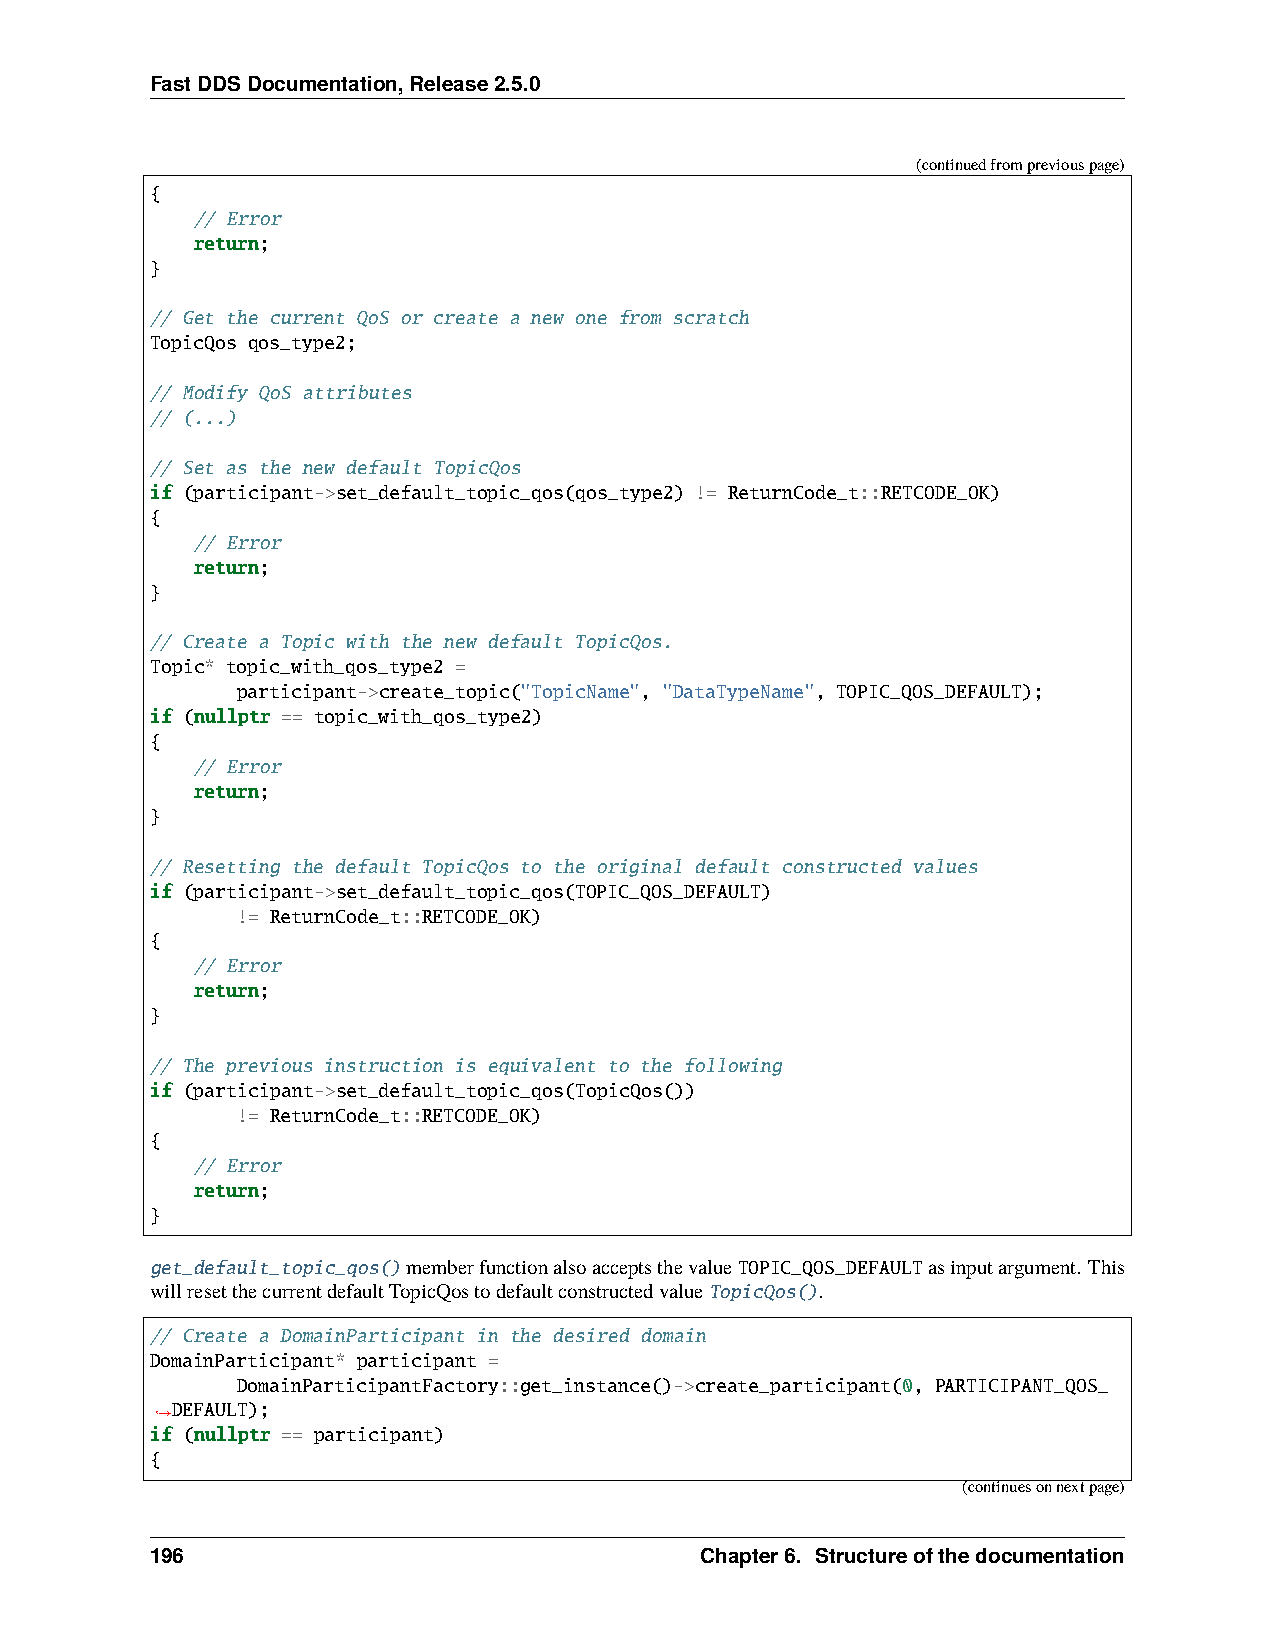
FastDDSDocumentation,Release2.5.0
 (continuedfrompreviouspage)
 {
 // Error
 return;
 }
 // Get the current QoS or create a new one from scratch
 TopicQos qos_type2;
 // Modify QoS attributes
 // (...)
 // Set as the new default TopicQos
 if (participant->set_default_topic_qos(qos_type2) != ReturnCode_t::RETCODE_OK)
 {
 // Error
 return;
 }
 // Create a Topic with the new default TopicQos.
 Topic* topic_with_qos_type2 =
 participant->create_topic("TopicName", "DataTypeName", TOPIC_QOS_DEFAULT);
 if (nullptr == topic_with_qos_type2)
 {
 // Error
 return;
 }
 // Resetting the default TopicQos to the original default constructed values
 if (participant->set_default_topic_qos(TOPIC_QOS_DEFAULT)
 != ReturnCode_t::RETCODE_OK)
 {
 // Error
 return;
 }
 // The previous instruction is equivalent to the following
 if (participant->set_default_topic_qos(TopicQos())
 != ReturnCode_t::RETCODE_OK)
 {
 // Error
 return;
 }
 get_default_topic_qos()memberfunctionalsoacceptsthevalueTOPIC_QOS_DEFAULTasinputargument. This
 willresetthecurrentdefaultTopicQostodefaultconstructedvalueTopicQos().
 // Create a DomainParticipant in the desired domain
 DomainParticipant* participant =
 DomainParticipantFactory::get_instance()->create_participant(0, PARTICIPANT_QOS_
 DEFAULT);
 ˓→
 if (nullptr == participant)
 {
 (continuesonnextpage)
 196                                 Chapter6. Structureofthedocumentation